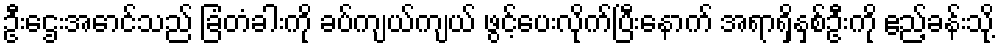
ဦးဌေးအောင်သည် ခြံတံခါးကို ခပ်ကျယ်ကျယ် ဖွင့်ပေးလိုက်ပြီးနောက် အရာရှိနှစ်ဦးကို ဧည့်ခန်းသို့